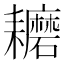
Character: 耱